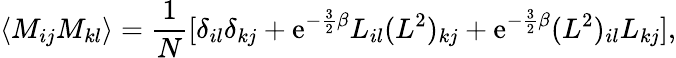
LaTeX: \langle M_{ij}M_{kl}\rangle=\frac{1}{N}[\delta_{il}\delta_{kj}+\mathrm{e}^{-\frac{3}{2}\beta}L_{il}(L^{2})_{kj}+\mathrm{e}^{-\frac{3}{2}\beta}(L^{2})_{il}L_{kj}],